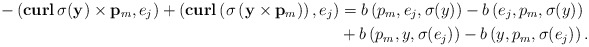
\begin{align*}-\left( \mathbf{curl}\,\sigma(\mathbf y)\times \mathbf p_m, e_j\right)+\left(\mathbf{curl}\left(\sigma\left(\mathbf y\times \mathbf p_m\right)\right), e_j\right)&=b\left( p_m, e_j, \sigma(y) \right)-b\left( e_j,p_m, \sigma(y) \right)\\&+b\left(p_m, y, \sigma( e_j) \right)-b\left( y,p_m, \sigma( e_j) \right).\end{align*}